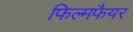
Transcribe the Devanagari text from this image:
फिल्मफैयर